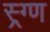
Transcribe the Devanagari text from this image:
स्र्ग्ण